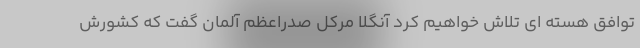
توافق هسته ای تلاش خواهیم کرد آنگلا مرکل صدراعظم آلمان گفت که کشورش